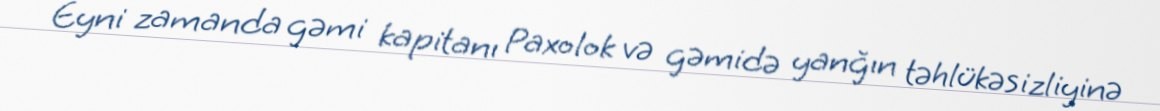
Eyni zamanda gəmi kapitanı Paxolok və gəmidə yanğın təhlükəsizliyinə